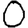
Digit: 0